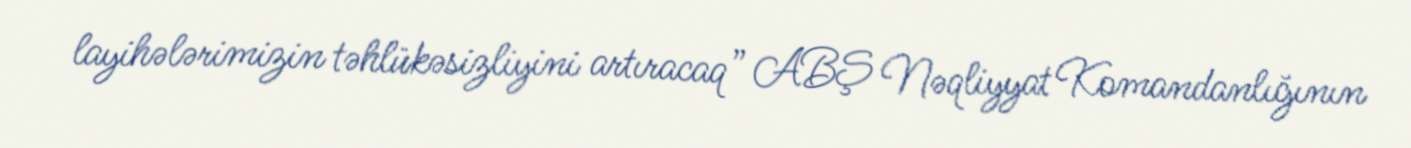
layihələrimizin təhlükəsizliyini artıracaq” ABŞ Nəqliyyat Komandanlığının